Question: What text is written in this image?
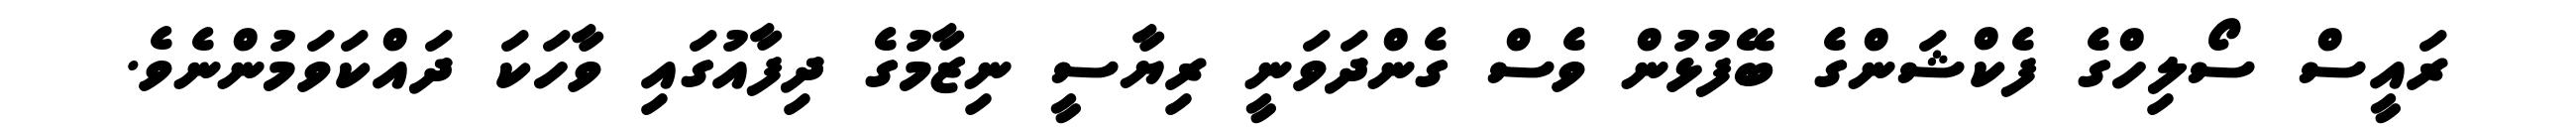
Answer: ރައީސް ސޯލިހްގެ ފެކްޝަންގެ ބޭފުޅުން ވެސް ގެންދަވަނީ ރިޔާސީ ނިޒާމުގެ ދިފާއުގައި ވާހަކަ ދައްކަވަމުންނެވެ.